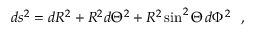
d s ^ { 2 } = d { { \cal R } } ^ { 2 } + { { \cal R } } ^ { 2 } d { \Theta } ^ { 2 } + { { \cal R } } ^ { 2 } \sin ^ { 2 } \Theta \, d \Phi ^ { 2 } \ \ ,